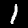
Label: 1